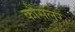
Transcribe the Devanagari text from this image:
कौंसलर